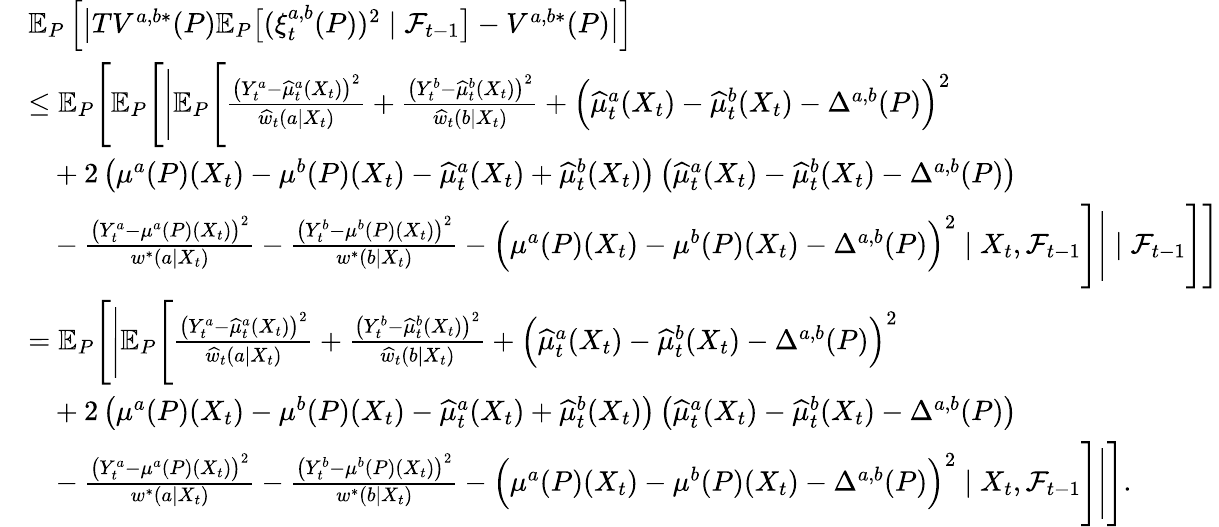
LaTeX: \begin{array}{rl}&{\mathbb{E}_{P}\left[\big|TV^{a,b*}(P)\mathbb{E}_{P}\big[(\xi_{t}^{a,b}(P))^{2}\mid\mathcal{F}_{t-1}\big]-V^{a,b*}(P)\big|\right]}\\ &{\leq\mathbb{E}_{P}\Bigg[\mathbb{E}_{P}\Bigg[\Bigg|\mathbb{E}_{P}\Bigg[\frac{\big(Y_{t}^{a}-\widehat{\mu}_{t}^{a}(X_{t})\big)^{2}}{\widehat{w}_{t}(a|X_{t})}+\frac{\big(Y_{t}^{b}-\widehat{\mu}_{t}^{b}(X_{t})\big)^{2}}{\widehat{w}_{t}(b|X_{t})}+\Big(\widehat{\mu}_{t}^{a}(X_{t})-\widehat{\mu}_{t}^{b}(X_{t})-\Delta^{a,b}(P)\Big)^{2}}\\ &{\ \ \ +2\left(\mu^{a}(P)(X_{t})-\mu^{b}(P)(X_{t})-\widehat{\mu}_{t}^{a}(X_{t})+\widehat{\mu}_{t}^{b}(X_{t})\right)\left(\widehat{\mu}_{t}^{a}(X_{t})-\widehat{\mu}_{t}^{b}(X_{t})-\Delta^{a,b}(P)\right)}\\ &{\ \ \ -\frac{\big(Y_{t}^{a}-\mu^{a}(P)(X_{t})\big)^{2}}{w^{*}(a|X_{t})}-\frac{\big(Y_{t}^{b}-\mu^{b}(P)(X_{t})\big)^{2}}{w^{*}(b|X_{t})}-\Big(\mu^{a}(P)(X_{t})-\mu^{b}(P)(X_{t})-\Delta^{a,b}(P)\Big)^{2}\mid X_{t},\mathcal{F}_{t-1}\Bigg]\Bigg|\mid\mathcal{F}_{t-1}\Bigg]\Bigg]}\\ &{=\mathbb{E}_{P}\Bigg[\Bigg|\mathbb{E}_{P}\Bigg[\frac{\big(Y_{t}^{a}-\widehat{\mu}_{t}^{a}(X_{t})\big)^{2}}{\widehat{w}_{t}(a|X_{t})}+\frac{\big(Y_{t}^{b}-\widehat{\mu}_{t}^{b}(X_{t})\big)^{2}}{\widehat{w}_{t}(b|X_{t})}+\Big(\widehat{\mu}_{t}^{a}(X_{t})-\widehat{\mu}_{t}^{b}(X_{t})-\Delta^{a,b}(P)\Big)^{2}}\\ &{\ \ \ +2\left(\mu^{a}(P)(X_{t})-\mu^{b}(P)(X_{t})-\widehat{\mu}_{t}^{a}(X_{t})+\widehat{\mu}_{t}^{b}(X_{t})\right)\left(\widehat{\mu}_{t}^{a}(X_{t})-\widehat{\mu}_{t}^{b}(X_{t})-\Delta^{a,b}(P)\right)}\\ &{\ \ \ -\frac{\big(Y_{t}^{a}-\mu^{a}(P)(X_{t})\big)^{2}}{w^{*}(a|X_{t})}-\frac{\big(Y_{t}^{b}-\mu^{b}(P)(X_{t})\big)^{2}}{w^{*}(b|X_{t})}-\Big(\mu^{a}(P)(X_{t})-\mu^{b}(P)(X_{t})-\Delta^{a,b}(P)\Big)^{2}\mid X_{t},\mathcal{F}_{t-1}\Bigg]\Bigg|\Bigg].}\end{array}